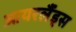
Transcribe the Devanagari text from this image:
आयरर्लैंड्स